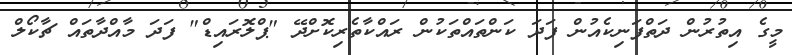
މީގެ އިތުރުން ދަތްފަނިކެއުން ފަދަ ކަންތައްތަކުން ރައްކާތެރިކޮށްދޭ "ޕްލޮރައިޑް" ފަދަ މާއްދާތައް ޗާކޯލް